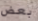
بعض